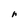
Character: r